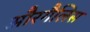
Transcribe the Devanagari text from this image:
औरगैलिस